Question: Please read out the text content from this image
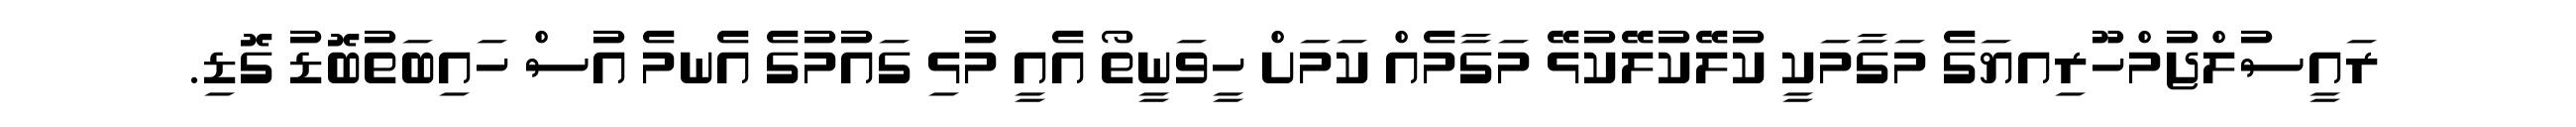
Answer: ރައީސުލްޖުމްހޫރިއޔަގެ މަގާމަކީ ކުލޭކުލޭކުޅޭ މަގާމެއް ކަމަށް ހީވަނީތޯ އެއީ މުޅި ގައުމުގެ އެނމެ އުސް ހައިބަތުބޮޑު ގޮޑި.